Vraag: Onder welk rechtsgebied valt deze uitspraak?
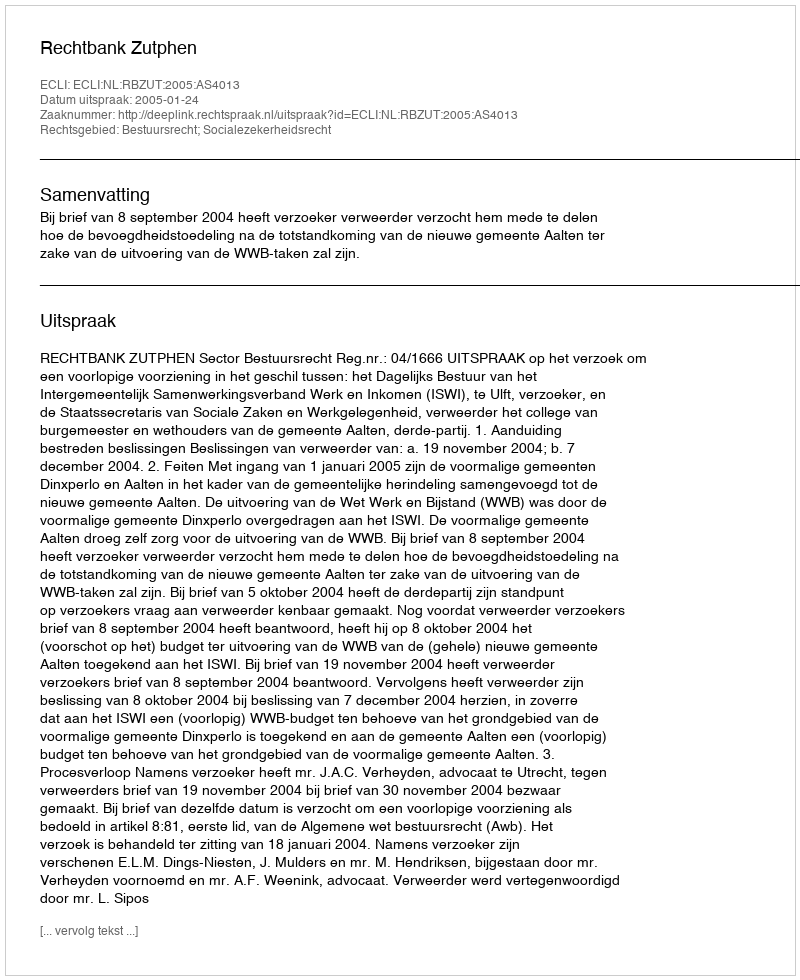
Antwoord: Bestuursrecht; Socialezekerheidsrecht